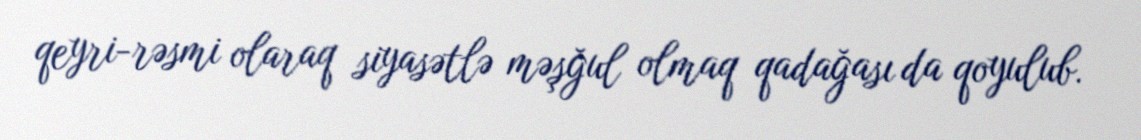
qeyri-rəsmi olaraq siyasətlə məşğul olmaq qadağası da qoyulub.